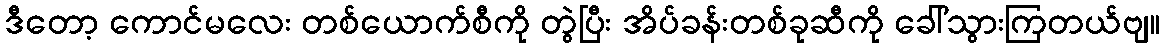
ဒီတော့ ကောင်မလေး တစ်ယောက်စီကို တွဲပြီး အိပ်ခန်းတစ်ခုဆီကို ခေါ်သွားကြတယ်ဗျ။